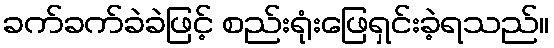
ခက်ခက်ခဲခဲဖြင့် စည်းရုံးဖြေရှင်းခဲ့ရသည်။